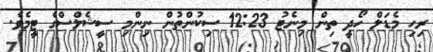
ރިހި މެޑަލް ހޯދީ ތިން މިނެޓު 12:23 ސިކުންތުން ނިންމި ސީޝެލްސްގެ ޓީމެވެ.